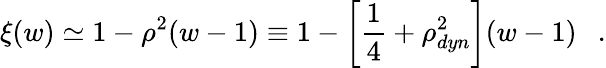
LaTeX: \xi(w)\simeq 1-\rho^{2}(w-1)\equiv 1-\left[{\frac{1}{4}}+\rho_{dyn}^{2}\right](w-1)~~~.